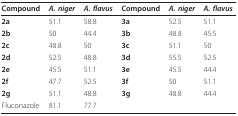
<table><thead><tr><td><b>Compound</b></td><td><b><i>A. niger</i></b></td><td><b><i>A. flavus</i></b></td><td><b>Compound</b></td><td><b><i>A. niger</i></b></td><td><b><i>A. flavus</i></b></td></tr></thead><tbody><tr><td><b>2a</b></td><td>51.1</td><td>58.8</td><td><b>3a</b></td><td>52.5</td><td>51.1</td></tr><tr><td><b>2b</b></td><td>50</td><td>44.4</td><td><b>3b</b></td><td>48.8</td><td>45.5</td></tr><tr><td><b>2c</b></td><td>48.8</td><td>50</td><td><b>3c</b></td><td>51.1</td><td>50</td></tr><tr><td><b>2d</b></td><td>52.5</td><td>48.8</td><td><b>3d</b></td><td>55.5</td><td>52.5</td></tr><tr><td><b>2e</b></td><td>45.5</td><td>51.1</td><td><b>3e</b></td><td>45.5</td><td>44.4</td></tr><tr><td><b>2f</b></td><td>47.7</td><td>52.5</td><td><b>3f</b></td><td>50</td><td>51.1</td></tr><tr><td><b>2g</b></td><td>51.1</td><td>48.8</td><td><b>3g</b></td><td>48.8</td><td>44.4</td></tr><tr><td>Fluconazole</td><td>81.1</td><td>77.7</td><td></td><td></td><td></td></tr></tbody></table>